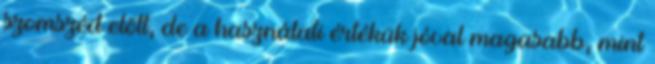
szomszéd előtt, de a használati értékük jóval magasabb, mint